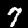
Label: 7